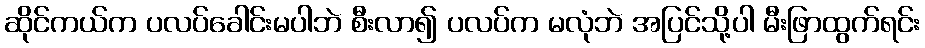
ဆိုင်ကယ်က ပလပ်ခေါင်းမပါဘဲ စီးလာ၍ ပလပ်က မလုံဘဲ အပြင်သို့ပါ မီးဖြာထွက်ရင်း